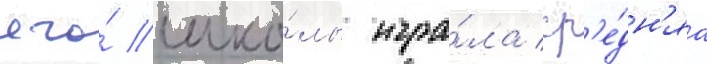
его́ шко́лы игра́ла ср'е́дн'яа